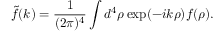
{ \tilde { f } } ( k ) = \frac { 1 } { ( 2 \pi ) ^ { 4 } } \int d ^ { 4 } \rho \exp ( - i k \rho ) f ( \rho ) .